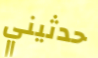
حدثيني